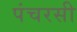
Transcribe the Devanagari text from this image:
पंचरसी